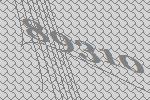
89310